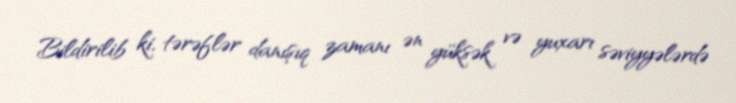
Bildirilib ki, tərəflər danışıq zamanı ən yüksək və yuxarı səviyyələrdə